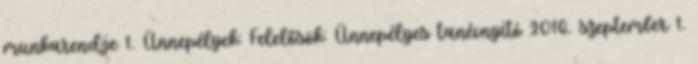
munkarendje 1. Ünnepélyek: Felelősök: Ünnepélyes tanévnyitó 2016. szeptember 1.